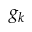
g _ { k }